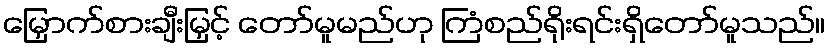
မြှောက်စားချီးမြှင့် တော်မူမည်ဟု ကြံစည်ရိုးရင်းရှိတော်မူသည်။